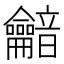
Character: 𪛏